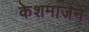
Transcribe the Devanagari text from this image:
केशमार्जन